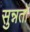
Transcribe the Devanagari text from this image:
सुन्नतों